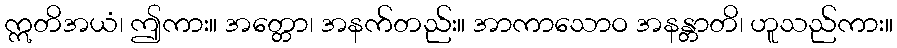
ဣတိအယံ၊ ဤကား။ အတ္တော၊ အနက်တည်း။ အာကာသောဝ အနန္တာတိ၊ ဟူသည်ကား။